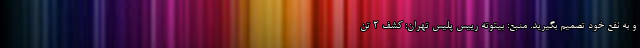
و به نفع خود تصمیم بگیرید. منبع: بیتوته رییس پلیس تهران: کشف 2 تن